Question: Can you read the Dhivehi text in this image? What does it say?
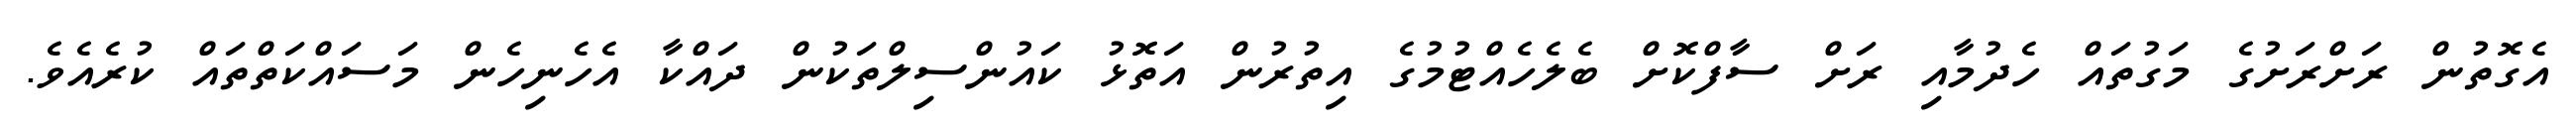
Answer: އެގޮތުން ރަށްރަށުގެ މަގުތައް ހެދުމާއި ރަށް ސާފްކޮށް ބެލެހެއްޓުމުގެ އިތުރުން އަތޮޅު ކައުންސިލްތަކުން ދައްކާ އެހެނިހެން މަސައްކަތްތައް ކުރެއެވެ.